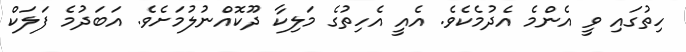
ހިތުގައި ވީ އެންމެ އެދުމެކެވެ. އެއީ އެހިތުގެ މަލިކާ ދޫކޮއްނުލުމަށެވެ. އަބަދުމެ ފަލަކް